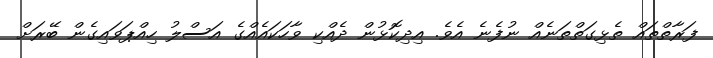
ފަރާތްތައް ތެޅިގަތްތަނެއް ނުފެނެ އެވެ. އިދިކޮޅުން ދެއްކި ވާހަކައެއްގެ އަސްލު ހިއްޕަވައިގެން ބޭރަށް